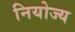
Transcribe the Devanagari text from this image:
नियोज्य